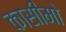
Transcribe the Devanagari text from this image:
कासीमो